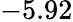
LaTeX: -5.92